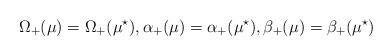
LaTeX: \begin{align*}\Omega_+(\mu)=\Omega_+(\mu^\star), \alpha_+(\mu)=\alpha_+(\mu^\star), \beta_+(\mu)=\beta_+(\mu^\star)\end{align*}